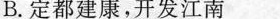
B.定都建康，开发江南